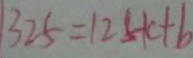
1 3 2 5 = 1 2 5 k + b